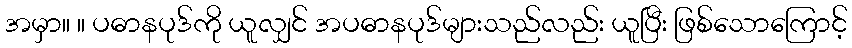
အမှာ။ ။ ပဓာနပုဒ်ကို ယူလျှင် အပဓာနပုဒ်များသည်လည်း ယူပြီး ဖြစ်သောကြောင့်